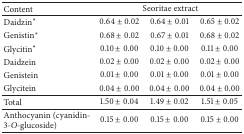
| Content | <COLSPAN=3> Seoritae extract |
 | --- | --- | --- | --- |
 | Daidzin∗ | 0.64 ± 0.02 | 0.64 ± 0.01 | 0.65 ± 0.02 |
 | Genistin∗ | 0.68 ± 0.02 | 0.67 ± 0.01 | 0.68 ± 0.02 |
 | Glycitin∗ | 0.10 ± 0.00 | 0.10 ± 0.00 | 0.11 ± 0.00 |
 | Daidzein | 0.02 ± 0.00 | 0.02 ± 0.00 | 0.02 ± 0.00 |
 | Genistein | 0.01 ± 0.00 | 0.01 ± 0.00 | 0.01 ± 0.00 |
 | Glycitein | 0.04 ± 0.00 | 0.04 ± 0.00 | 0.04 ± 0.00 |
 | Total | 1.50 ± 0.04 | 1.49 ± 0.02 | 1.51 ± 0.05 |
 | Anthocyanin (cyanidin-3-O-glucoside) | 0.15 ± 0.00 | 0.15 ± 0.00 | 0.15 ± 0.00 |